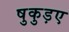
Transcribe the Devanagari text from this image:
षुकुड़ए